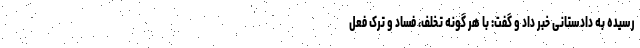
رسیده به دادستانی خبر داد و گفت: با هر گونه تخلف، فساد و ترک فعل